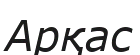
Арқас